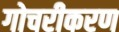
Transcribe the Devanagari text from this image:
गोचरीकरण